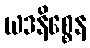
ယဒနိစ္စေန